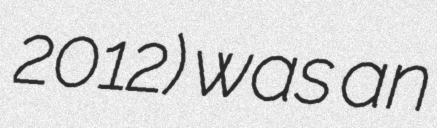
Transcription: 2012) was an